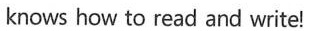
knows how to read and write!